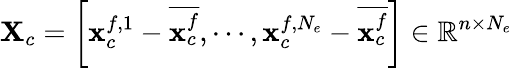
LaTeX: \mathbf{X}_{c}=\left[{\mathbf x}_{c}^{f,1}-\overline{{{\mathbf x}_{c}^{f}}},\cdots,{\mathbf x}_{c}^{f,N_{e}}-\overline{{{\mathbf x}_{c}^{f}}}\right]\in\mathbb{R}^{n\times N_{e}}